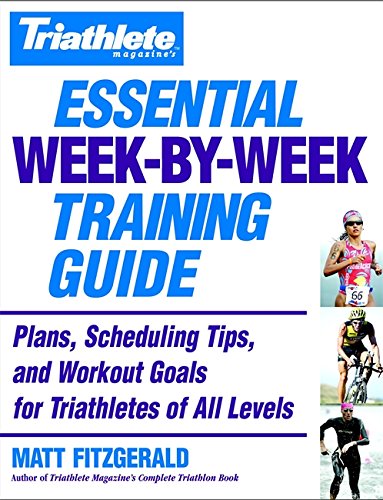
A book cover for Triathlete Magazine's Essential Week-by-Week Training Guide: Plans, Scheduling Tips, and Workout Goals for Triathletes of All Levels; Matt Fitzgerald; Health, Fitness & Dieting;